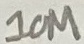
Text: 10M